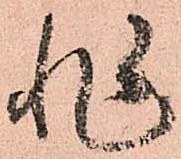
非